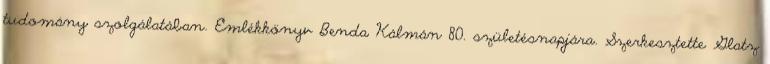
tudomány szolgálatában. Emlékkönyv Benda Kálmán 80. születésnapjára. Szerkesztette Glatz